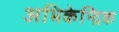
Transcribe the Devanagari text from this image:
अभिकेन्द्रिक